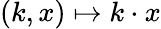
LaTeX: (k,x)\mapsto k\cdot x